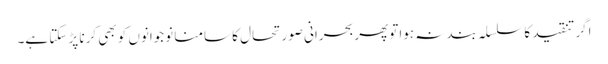
اگر تنقید کا سلسلہ بند نہ ہوا توپھربحرانی صورتحال کا سامنا نوجوانوں کو بھی کرنا پڑ سکتا ہے۔